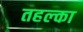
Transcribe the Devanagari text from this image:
तहल्‍का